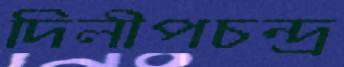
দিলীপচন্দ্র